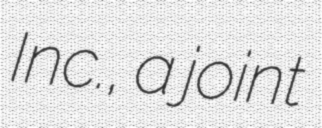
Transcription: Inc., a joint